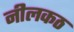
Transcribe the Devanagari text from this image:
नीलकठ